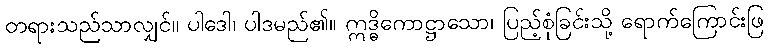
တရားသည်သာလျှင်။ ပါဒေါ၊ ပါဒမည်၏။ ဣဒ္ဓိကောဋ္ဌာသော၊ ပြည့်စုံခြင်းသို့ ရောက်ကြောင်းဖြ